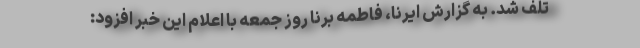
تلف شد. به گزارش ایرنا، فاطمه برنا روز جمعه با اعلام این خبر افزود: